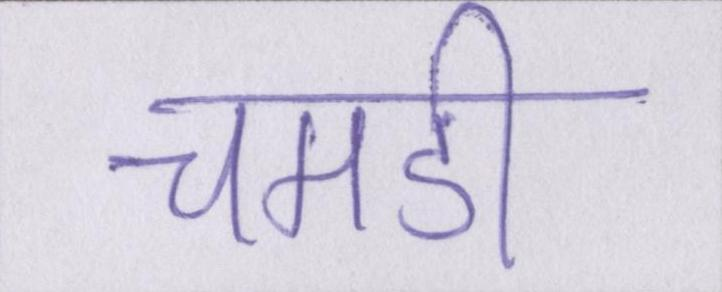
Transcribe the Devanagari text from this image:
चमडी